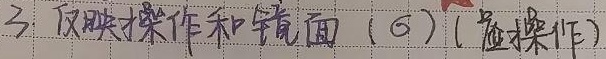
3. 反映操作和镜面（\(\sigma\)）(虚操作)